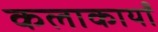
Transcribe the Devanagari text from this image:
कलाकार्यों